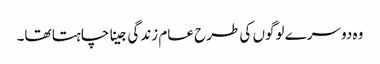
وہ دوسرے لوگوں کی طرح عام زندگی جینا چاہتا تھا۔